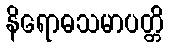
နိရောဓသမာပတ္တိ